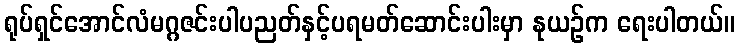
ရုပ်ရှင်အောင်လံမဂ္ဂဇင်းပါပညတ်နှင့်ပရမတ်ဆောင်းပါးမှာ နုယဉ်က ရေးပါတယ်။